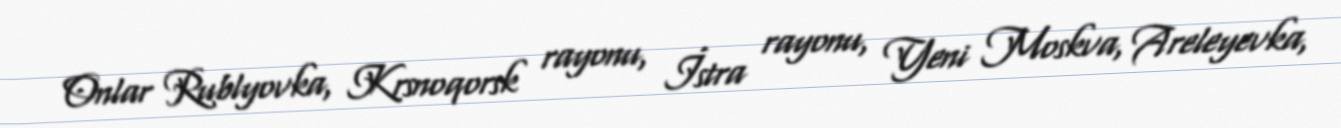
Onlar Rublyovka, Krsnoqorsk rayonu, İstra rayonu, Yeni Moskva, Areleyevka,